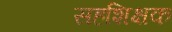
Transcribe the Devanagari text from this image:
सहशिक्षक